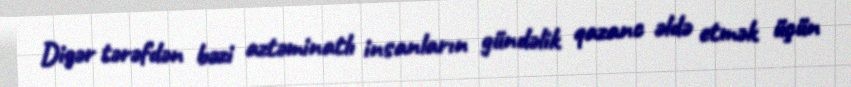
Digər tərəfdən bəzi aztəminatlı insanların gündəlik qazanc əldə etmək üçün